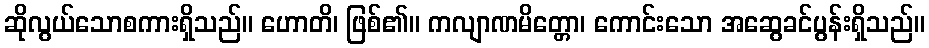
ဆိုလွယ်သောစကားရှိသည်။ ဟောတိ၊ ဖြစ်၏။ ကလျာဏမိတ္တော၊ ကောင်းသော အဆွေခင်ပွန်းရှိသည်။